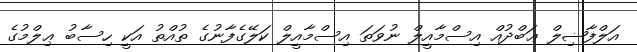
އަލްފާޟިލް ޢަބްދުއް އިސްމާއީލް ނުވަތަ އިސްމާއީލް ކަލޭގެފާނުގެ ތުއްތު އަކީ ހިސާބު ޢިލްމުގެ